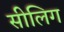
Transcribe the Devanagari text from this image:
सीलिग